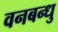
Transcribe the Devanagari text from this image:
वनबन्धु